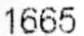
1665